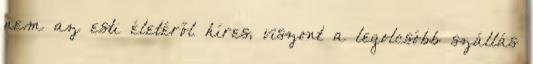
nem az esti életéről híres, viszont a legolcsóbb szállás